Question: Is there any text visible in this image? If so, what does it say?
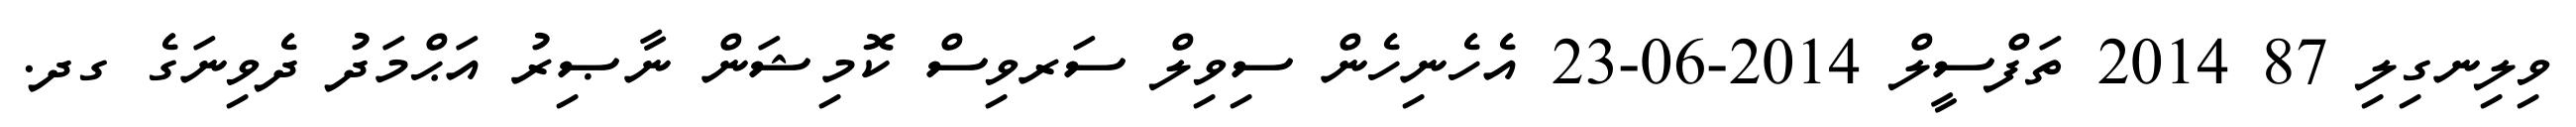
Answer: ވިލިނގިލި 87 2014 ތަފްސީލް 2014-06-23 އެހެނިހެން ސިވިލް ސަރވިސް ކޮމިޝަން ނާޞިރު އަޙްމަދު ދެވިނަގެ ގދ.